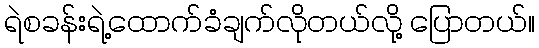
ရဲစခန်းရဲ့ထောက်ခံချက်လိုတယ်လို့ ပြောတယ်။